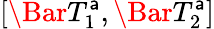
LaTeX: \left[\Bar{T}_{1}^{\mathsf{a}},\Bar{T}_{2}^{\mathsf{a}}\right]